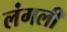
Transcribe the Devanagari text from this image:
लंगली